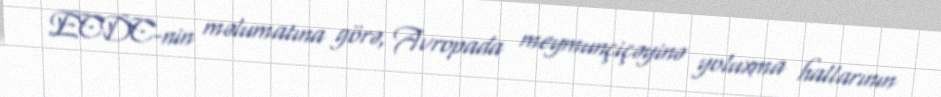
ECDC-nin məlumatına görə, Avropada meymunçiçəyinə yoluxma hallarının